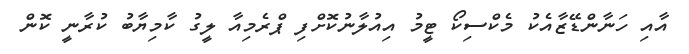
އާއި ހަނާންޑޭޒާއެކު މެކްސިކޯ ޓީމު އިއުލާނުކޮށްފި ޕްރެމިއާ ލީގު ކާމިޔާބު ކުރާނީ ކޮން